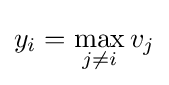
y_{i}=\max _{j\neq i}{v_{j}}